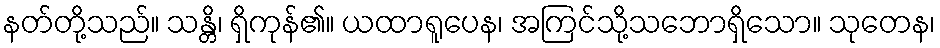
နတ်တို့သည်။ သန္တိ၊ ရှိကုန်၏။ ယထာရူပေန၊ အကြင်သို့သဘောရှိသော။ သုတေန၊